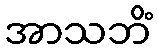
အာသဘိံ